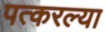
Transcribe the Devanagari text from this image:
पत्करल्या